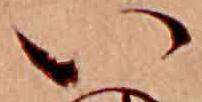
い